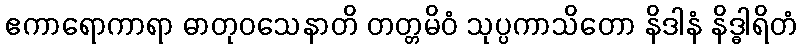
ဧကာရောကာရာ ဓာတုဝသေနာတိ တတ္တမိဝံ သုပ္ပကာသိတော နိဒါနံ နိဒ္ဓါရိတံ